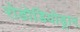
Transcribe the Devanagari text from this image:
रोडोडियोड्रान